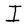
Character: I